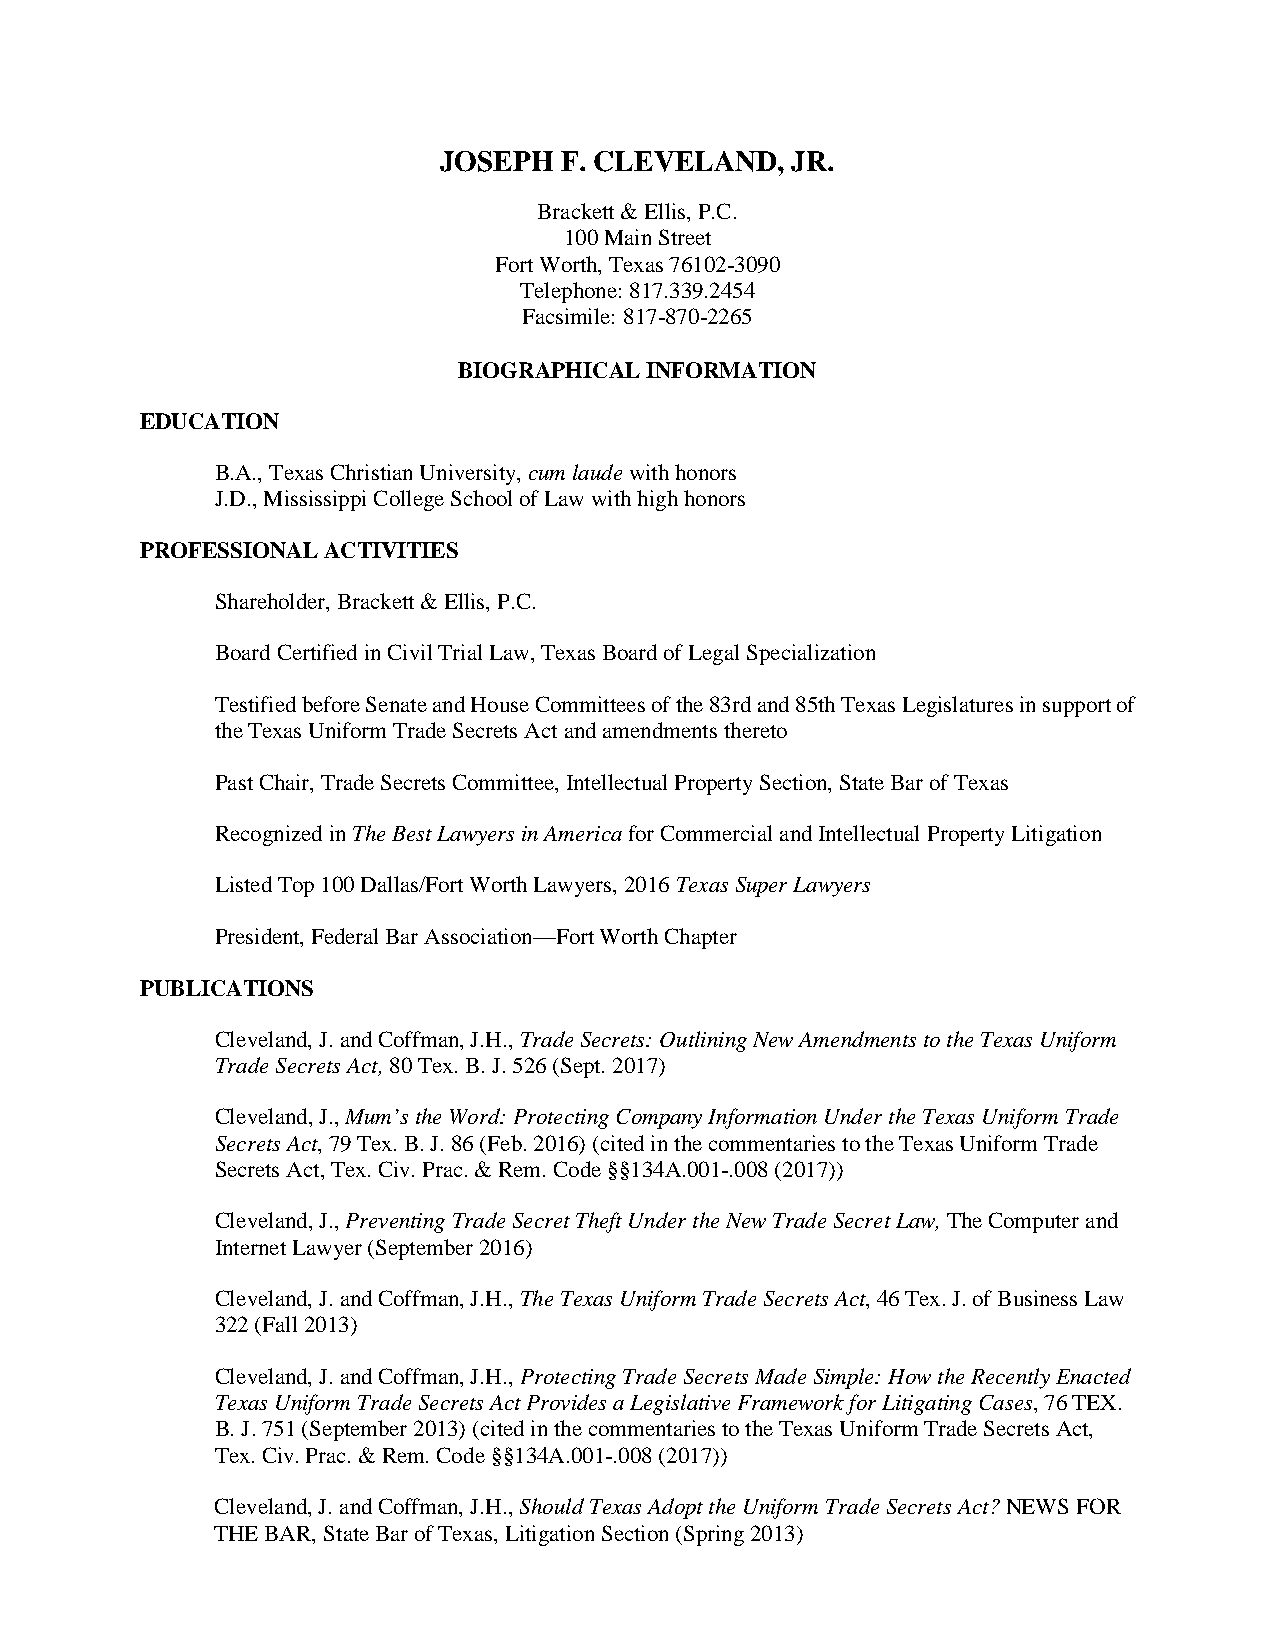
JOSEPH  F. CLEVELAND,  JR.
 Brackett & Ellis, P.C.
 100 Main Street
 Fort Worth, Texas 76102-3090
 Telephone: 817.339.2454
 Facsimile: 817-870-2265
 BIOGRAPHICAL INFORMATION
 EDUCATION
 B.A., Texas Christian University, cum laude with honors
 J.D., Mississippi College School of Law with high honors
 PROFESSIONAL ACTIVITIES
 Shareholder, Brackett & Ellis, P.C.
 Board Certified in Civil Trial Law, Texas Board of Legal Specialization
 Testified before Senate and House Committees of the 83rd and 85th Texas Legislatures in support of
 the Texas Uniform Trade Secrets Act and amendments thereto
 Past Chair, Trade Secrets Committee, Intellectual Property Section, State Bar of Texas
 Recognized in The Best Lawyers in America for Commercial and Intellectual Property Litigation
 Listed Top 100 Dallas/Fort Worth Lawyers, 2016 Texas Super Lawyers
 President, Federal Bar Association—Fort Worth Chapter
 PUBLICATIONS
 Cleveland, J. and Coffman, J.H., Trade Secrets: Outlining New Amendments to the Texas Uniform
 Trade Secrets Act, 80 Tex. B. J. 526 (Sept. 2017)
 Cleveland, J., Mum’s the Word: Protecting Company Information Under the Texas Uniform Trade
 Secrets Act, 79 Tex. B. J. 86 (Feb. 2016) (cited in the commentaries to the Texas Uniform Trade
 Secrets Act, Tex. Civ. Prac. & Rem. Code §§134A.001-.008 (2017))
 Cleveland, J., Preventing Trade Secret Theft Under the New Trade Secret Law, The Computer and
 Internet Lawyer (September 2016)
 Cleveland, J. and Coffman, J.H., The Texas Uniform Trade Secrets Act, 46 Tex. J. of Business Law
 322 (Fall 2013)
 Cleveland, J. and Coffman, J.H., Protecting Trade Secrets Made Simple: How the Recently Enacted
 Texas Uniform Trade Secrets Act Provides a Legislative Framework for Litigating Cases, 76 TEX.
 B. J. 751 (September 2013) (cited in the commentaries to the Texas Uniform Trade Secrets Act,
 Tex. Civ. Prac. & Rem. Code §§134A.001-.008 (2017))
 Cleveland, J. and Coffman, J.H., Should Texas Adopt the Uniform Trade Secrets Act? NEWS FOR
 THE BAR, State Bar of Texas, Litigation Section (Spring 2013)